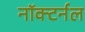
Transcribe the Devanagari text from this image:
नॉक्टर्नल